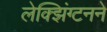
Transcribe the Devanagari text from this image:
लेक्झिंग्टनने